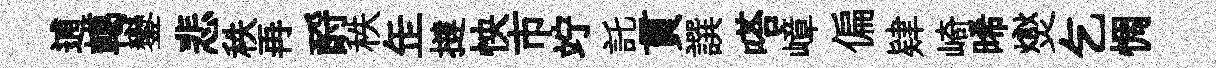
逋轕鑾悲秩再酹秩𦈢撻怏市竚託貫譔嗒嶂偏肄崎晞爕乞惆